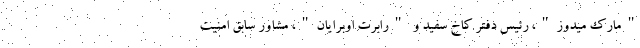
"مارک میدوز"، رئیس دفتر کاخ سفید و "رابرت اوبرایان"، مشاور سابق امنیت